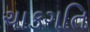
ચાકગતિ